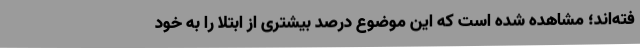
فته‌اند؛ مشاهده شده است که این موضوع درصد بیشتری از ابتلا را به خود